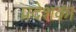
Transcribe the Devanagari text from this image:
प्रदेशका